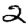
Digit: 2